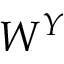
W ^ { Y }